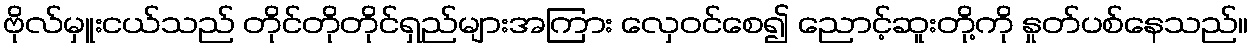
ဗိုလ်မှူးငယ်သည် တိုင်တိုတိုင်ရှည်များအကြား လှေဝင်စေ၍ ညောင့်ဆူးတို့ကို နှုတ်ပစ်နေသည်။